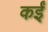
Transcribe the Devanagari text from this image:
कर्इं